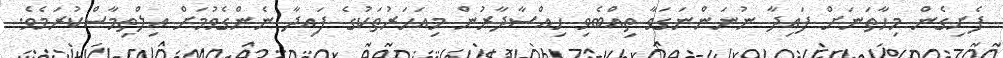
ފެށިގެން މިހާތަނަށް ފައިދާ ނުނަންނަގަވާ ތިއްބެވި ހިއްސާދާރުން މިއަހަރުތަކުގެ ފައިދާ ނެންގެވުމަށް އިލްތިމާސްކުރަމެވެ.